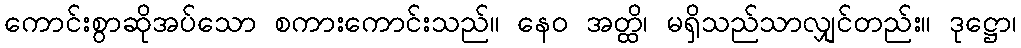
ကောင်းစွာဆိုအပ်သော စကားကောင်းသည်။ နေဝ အတ္ထိ၊ မရှိသည်သာလျှင်တည်း။ ဒုဋ္ဌော၊